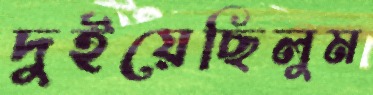
দুইয়েছিলুম